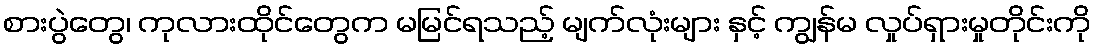
စားပွဲတွေ၊ ကုလားထိုင်တွေက မမြင်ရသည့် မျက်လုံးများ နှင့် ကျွန်မ လှုပ်ရှားမှုတိုင်းကို